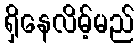
ရှိနေလိမ့်မည်